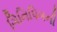
ગિનિપિગની